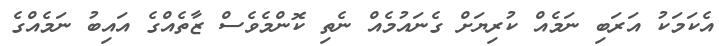
އެކަމަކު އަރަބި ނަމެއް ކުރިޔަށް ގެނައުމެއް ނެތި ކޮންމެވެސް ޒާތެއްގެ އައިބު ނަމެއްގެ